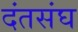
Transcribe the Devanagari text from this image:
दंतसंघ